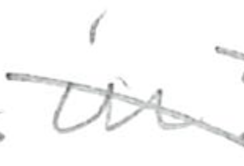
Text: in
Cross-out: diagonal
Writing tool: pencil